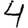
Digit: 4